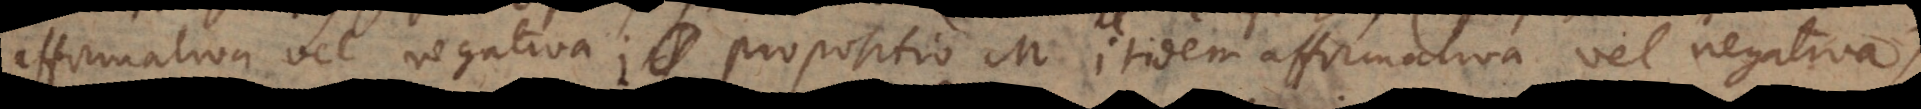
affirmativa vel negativa; propositio M itidem affirmativa vel negativa)